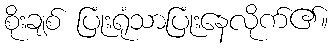
စိုးချစ် ပြုံးရုံသာပြုံးနေလိုက်၏။